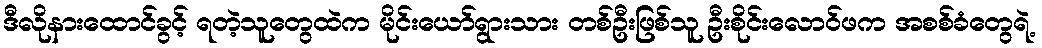
ဒီလိုနားထောင်ခွင့် ရတဲ့သူတွေထဲက မိုင်းယော်ရွားသား တစ်ဦးဖြစ်သူ ဦးစိုင်းလောဝ်ဖက အစစ်ခံတွေရဲ့